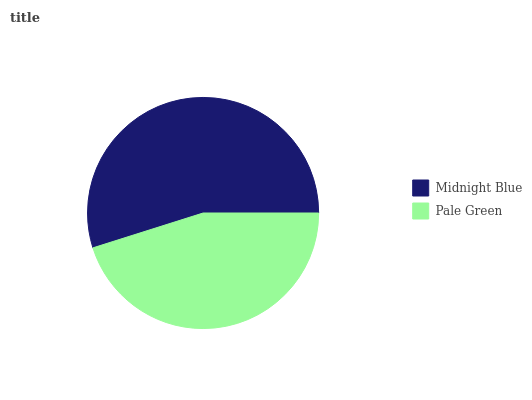
| Midnight Blue | Pale Green |
 | --- | --- |
 | 54.8% | 45.2% |